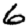
Digit: 6